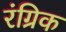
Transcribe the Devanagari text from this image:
रंग्रिक